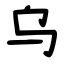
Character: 乌